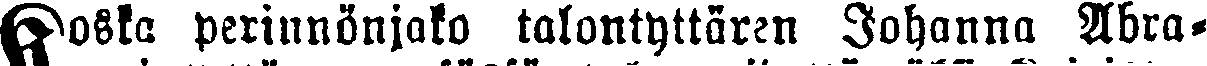
Koska perinnönjako talontyttären Johanna Abra-